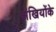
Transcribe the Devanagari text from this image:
अंखियोंके